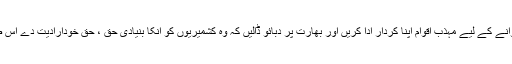
چیف سیکرٹری نے کہا کہ اقوام متحدہ کی قراردادوں پر عملدرآمد کروانے کے لیے مہذب اقوام اپنا کردار ادا کریں اور بھارت پر دبائو ڈالیں کہ وہ کشمیریوں کو انکا بنیادی حق ، حق خودارادیت دے اس صورت میں جنوبی ایشیاء میں امن کا خواب شرمندہ تعبیر ہو سکتا ہے۔